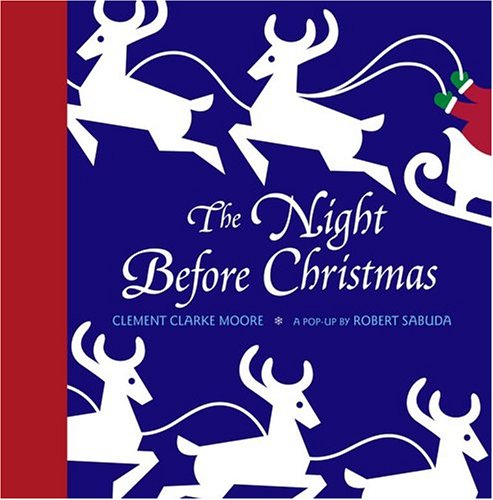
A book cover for The Night Before Christmas Pop-up; Clement Clarke Moore; Children's Books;